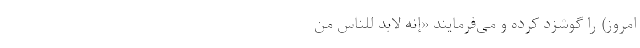
امروز) را گوشزد کرده و می‌فرمایند «‌إِنَّهُ لَابُدَّ لِلنَّاسِ مِنْ